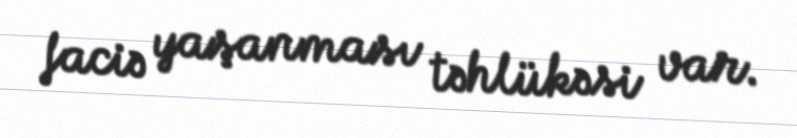
faciə yaşanması təhlükəsi var.